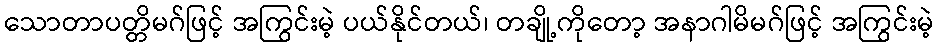
သောတာပတ္တိမဂ်ဖြင့် အကြွင်းမဲ့ ပယ်နိုင်တယ်၊ တချို့ကိုတော့ အနာဂါမိမဂ်ဖြင့် အကြွင်းမဲ့